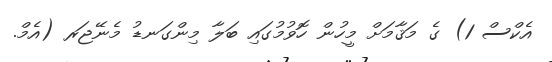
އެކްސް 1) ގެ މަޤާމަށް މީހުން ހޮވުމުގައި ބަލާ މިންގަނޑު މެނޭޖަރ (އެމް.